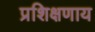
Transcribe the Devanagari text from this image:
प्रशिक्षणाय